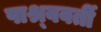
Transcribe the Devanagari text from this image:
पाश्र्ववर्ती